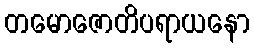
တမောဇောတိပရာယနော